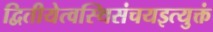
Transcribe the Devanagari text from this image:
द्वितीयेत्वस्थिसंचयइत्युक्तं